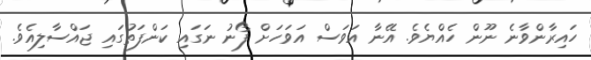
ހައިރާންވާނެ ނޫން ހެއްޔެވެ. އޭނާ އަވަސް އަވަހަށް ފޯނު ނަގައި ކަންފަތުގައި ޖައްސާލިއެވެ.